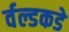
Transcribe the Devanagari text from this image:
र्वल्डकडे